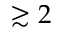
\gtrsim 2